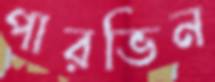
পারভিন